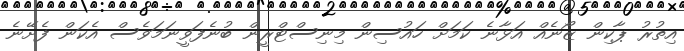
އިތުރު ޕާކިން ޒޯނެއް އަޅާނެ ކަމަށް ހައުސިން މިނިސްޓްރީން ބުނެފަވީނަމަވެސް އެކަން ފެށޭނެ